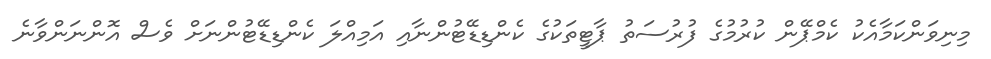
މިނިވަންކަމާއެކު ކެމްޕޭން ކުރުމުގެ ފުރުސަތު ޕާޓީތަކުގެ ކެންޑިޑޭޓުންނާއި އަމިއްލަ ކެންޑިޑޭޓުންނަށް ވެސް އޮންނަންވާނެ